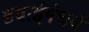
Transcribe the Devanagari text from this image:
हवाईगंधर्व